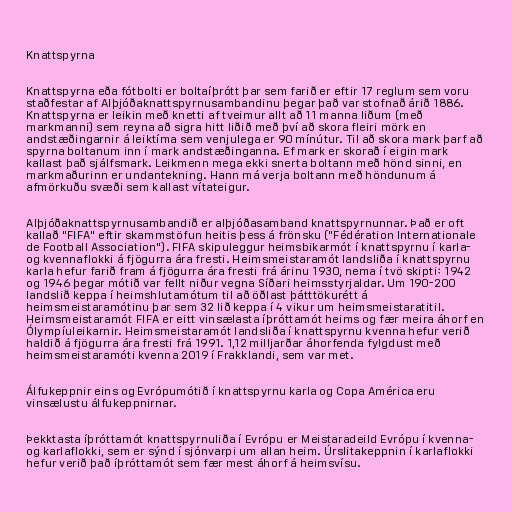
Knattspyrna

Knattspyrna eða fótbolti er boltaíþrótt þar sem farið er eftir 17 reglum sem voru
staðfestar af Alþjóðaknattspyrnusambandinu þegar það var stofnað árið 1886.
Knattspyrna er leikin með knetti af tveimur allt að 11 manna liðum (með
markmanni) sem reyna að sigra hitt liðið með því að skora fleiri mörk en
andstæðingarnir á leiktíma sem venjulega er 90 mínútur. Til að skora mark þarf að
spyrna boltanum inn í mark andstæðinganna. Ef mark er skorað í eigin mark
kallast það sjálfsmark. Leikmenn mega ekki snerta boltann með hönd sinni, en
markmaðurinn er undantekning. Hann má verja boltann með höndunum á
afmörkuðu svæði sem kallast vítateigur.

Alþjóðaknattspyrnusambandið er alþjóðasamband knattspyrnunnar. Það er oft
kallað "FIFA" eftir skammstöfun heitis þess á frönsku ("Fédération Internationale
de Football Association"). FIFA skipuleggur heimsbikarmót í knattspyrnu í karla-
og kvennaflokki á fjögurra ára fresti. Heimsmeistaramót landsliða í knattspyrnu
karla hefur farið fram á fjögurra ára fresti frá árinu 1930, nema í tvö skipti: 1942
og 1946 þegar mótið var fellt niður vegna Síðari heimsstyrjaldar. Um 190-200
landslið keppa í heimshlutamótum til að öðlast þátttökurétt á
heimsmeistaramótinu þar sem 32 lið keppa í 4 vikur um heimsmeistaratitil.
Heimsmeistaramót FIFA er eitt vinsælasta íþróttamót heims og fær meira áhorf en
Ólympíuleikarnir. Heimsmeistaramót landsliða í knattspyrnu kvenna hefur verið
haldið á fjögurra ára fresti frá 1991. 1,12 milljarðar áhorfenda fylgdust með
heimsmeistaramóti kvenna 2019 í Frakklandi, sem var met.

Álfukeppnir eins og Evrópumótið í knattspyrnu karla og Copa América eru
vinsælustu álfukeppnirnar.

Þekktasta íþróttamót knattspyrnuliða í Evrópu er Meistaradeild Evrópu í kvenna-
og karlaflokki, sem er sýnd í sjónvarpi um allan heim. Úrslitakeppnin í karlaflokki
hefur verið það íþróttamót sem fær mest áhorf á heimsvísu.